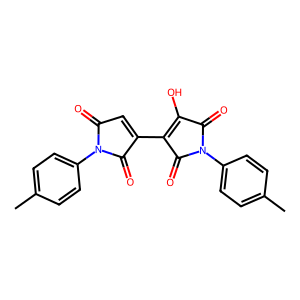
SMILES: Cc1ccc(N2C(=O)C=C(C3=C(O)C(=O)N(c4ccc(C)cc4)C3=O)C2=O)cc1
Inhibits HIV replication: No